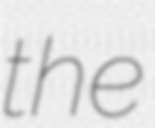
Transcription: the